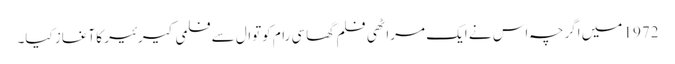
1972 میں اگرچہ اس نے ایک مراٹھی فلم گھاسی رام کوتوال سے فلمی کیرئیر کا آغاز کیا۔